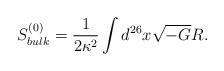
\begin{align*}S^{(0)}_{bulk}={1\over 2\kappa^2}\int d^{26}x \sqrt{-G}R.\end{align*}